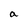
Character: a